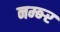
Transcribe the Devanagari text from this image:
नम्ब्र्‍र